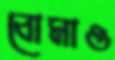
বোমাও